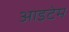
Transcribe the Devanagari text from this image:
आइटेम